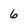
Character: 6